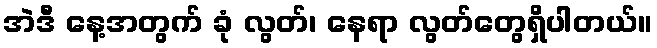
အဲဒီ နေ့အတွက် ခုံ လွတ်၊ နေရာ လွတ်တွေရှိပါတယ်။